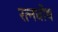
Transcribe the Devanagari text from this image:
रत्नघोष